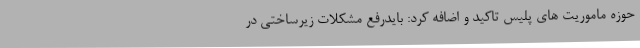
حوزه ماموریت های پلیس تاکید و اضافه کرد: بایدرفع مشکلات زیرساختی در